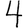
Digit: 4